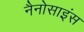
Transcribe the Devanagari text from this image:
नैनोसाइंस